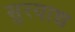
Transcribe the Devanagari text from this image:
सुरयाद्य